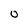
Character: O